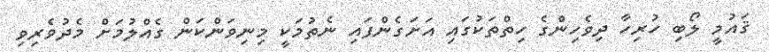
ޤައުމީ ލޯބި ހުރިހާ ދިވެހިންގެ ހިތްތަކުގައި އަށަގެންފައި ނެތުމަކީ މިނިވަންކަން ގެއްލުމަށް މެދުވެރިވި